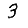
Digit: 3